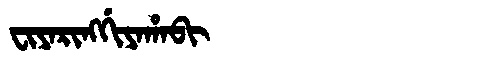
Manchu: ᠸᡳᠶᠠᡵᡳᠩᡤᡳᠶᠠᡥᠠᠪᡳ
Romanization: FIYARINGGIYAHABI